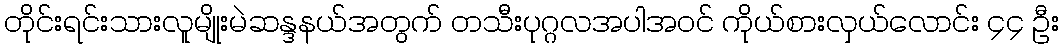
တိုင်းရင်းသားလူမျိုးမဲဆန္ဒနယ်အတွက် တသီးပုဂ္ဂလအပါအဝင် ကိုယ်စားလှယ်လောင်း ၄၄ ဦး